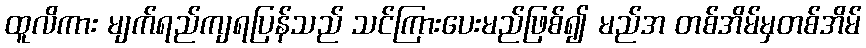
ထူလိကား မျက်ရည်ကျရပြန်သည် သင်ကြားပေးမည်ဖြစ်၍ မည်အ တစ်အိမ်မှတစ်အိမ်